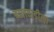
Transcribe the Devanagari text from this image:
बालवाडीला